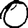
Digit: 0